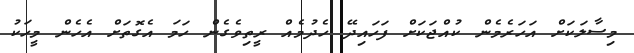
މިސާލަކަށް އަހަރެމެން ކުއްޖަކަށް ފަހައިދޭ ހެދުމެއް ރީތިވެގެން ހަމަ އެގޮތަށް އެހެން މީހަކު